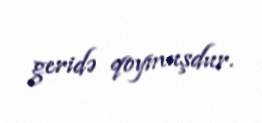
geridə qoymuşdur.